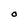
Character: O